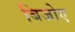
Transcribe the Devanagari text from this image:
बिजोए